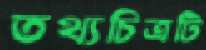
তথ্যচিত্রটি